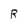
Character: R